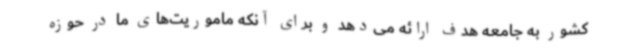
کشور به جامعه هدف ارائه می‌دهد و برای آنکه ماموریت‌های ما در حوزه